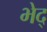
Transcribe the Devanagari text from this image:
भेद्